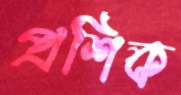
প্রশিক